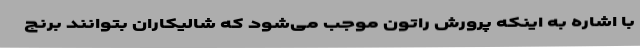
با اشاره به اینکه پرورش راتون موجب می‌شود که شالیکاران بتوانند برنج